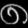
Digit: ၈